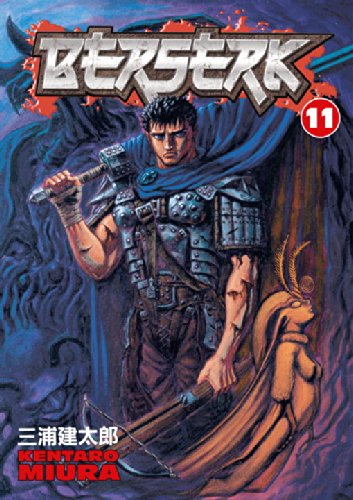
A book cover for Berserk, Vol. 11; Kentaro Miura; Comics & Graphic Novels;